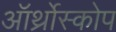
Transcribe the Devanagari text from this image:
ऑर्थ्रोस्कोप